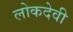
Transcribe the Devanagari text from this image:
लोकदेवी